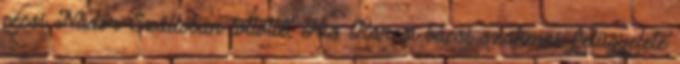
pécsi Nádor Szállóban töltötte, Kis Karcsi bácsi szakmai felügyelete